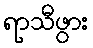
ရာသီဖွား